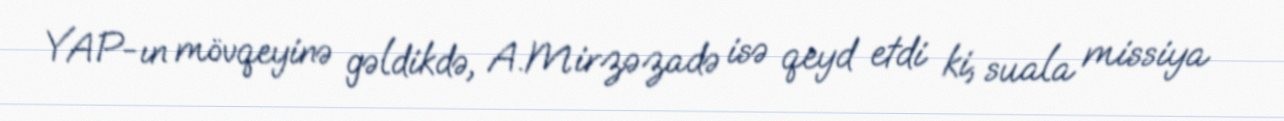
YAP-ın mövqeyinə gəldikdə, A.Mirzəzadə isə qeyd etdi ki, suala missiya